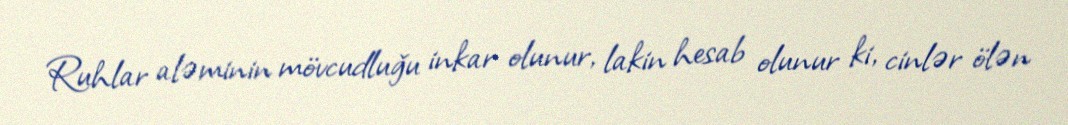
Ruhlar aləminin mövcudluǧu inkar olunur, lakin hesab olunur ki, cinlər ölən